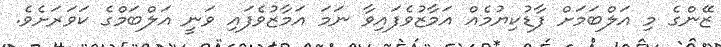
ޒޭންގެ މި އަލްބަމަށް ފާޑުކިޔުމެއް އަމާޒުވެފައިވާ ނަމަ އަމާޒުވެފައި ވަނީ އަލްބަމްގެ ކަވަރަށެވެ.